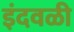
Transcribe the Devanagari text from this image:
इंदवळी